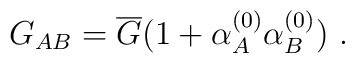
G_{AB} = \overline G (1 + \alpha^{(0)}_A \alpha^{(0)}_B)\ .